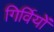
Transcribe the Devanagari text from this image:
गिर्वियों